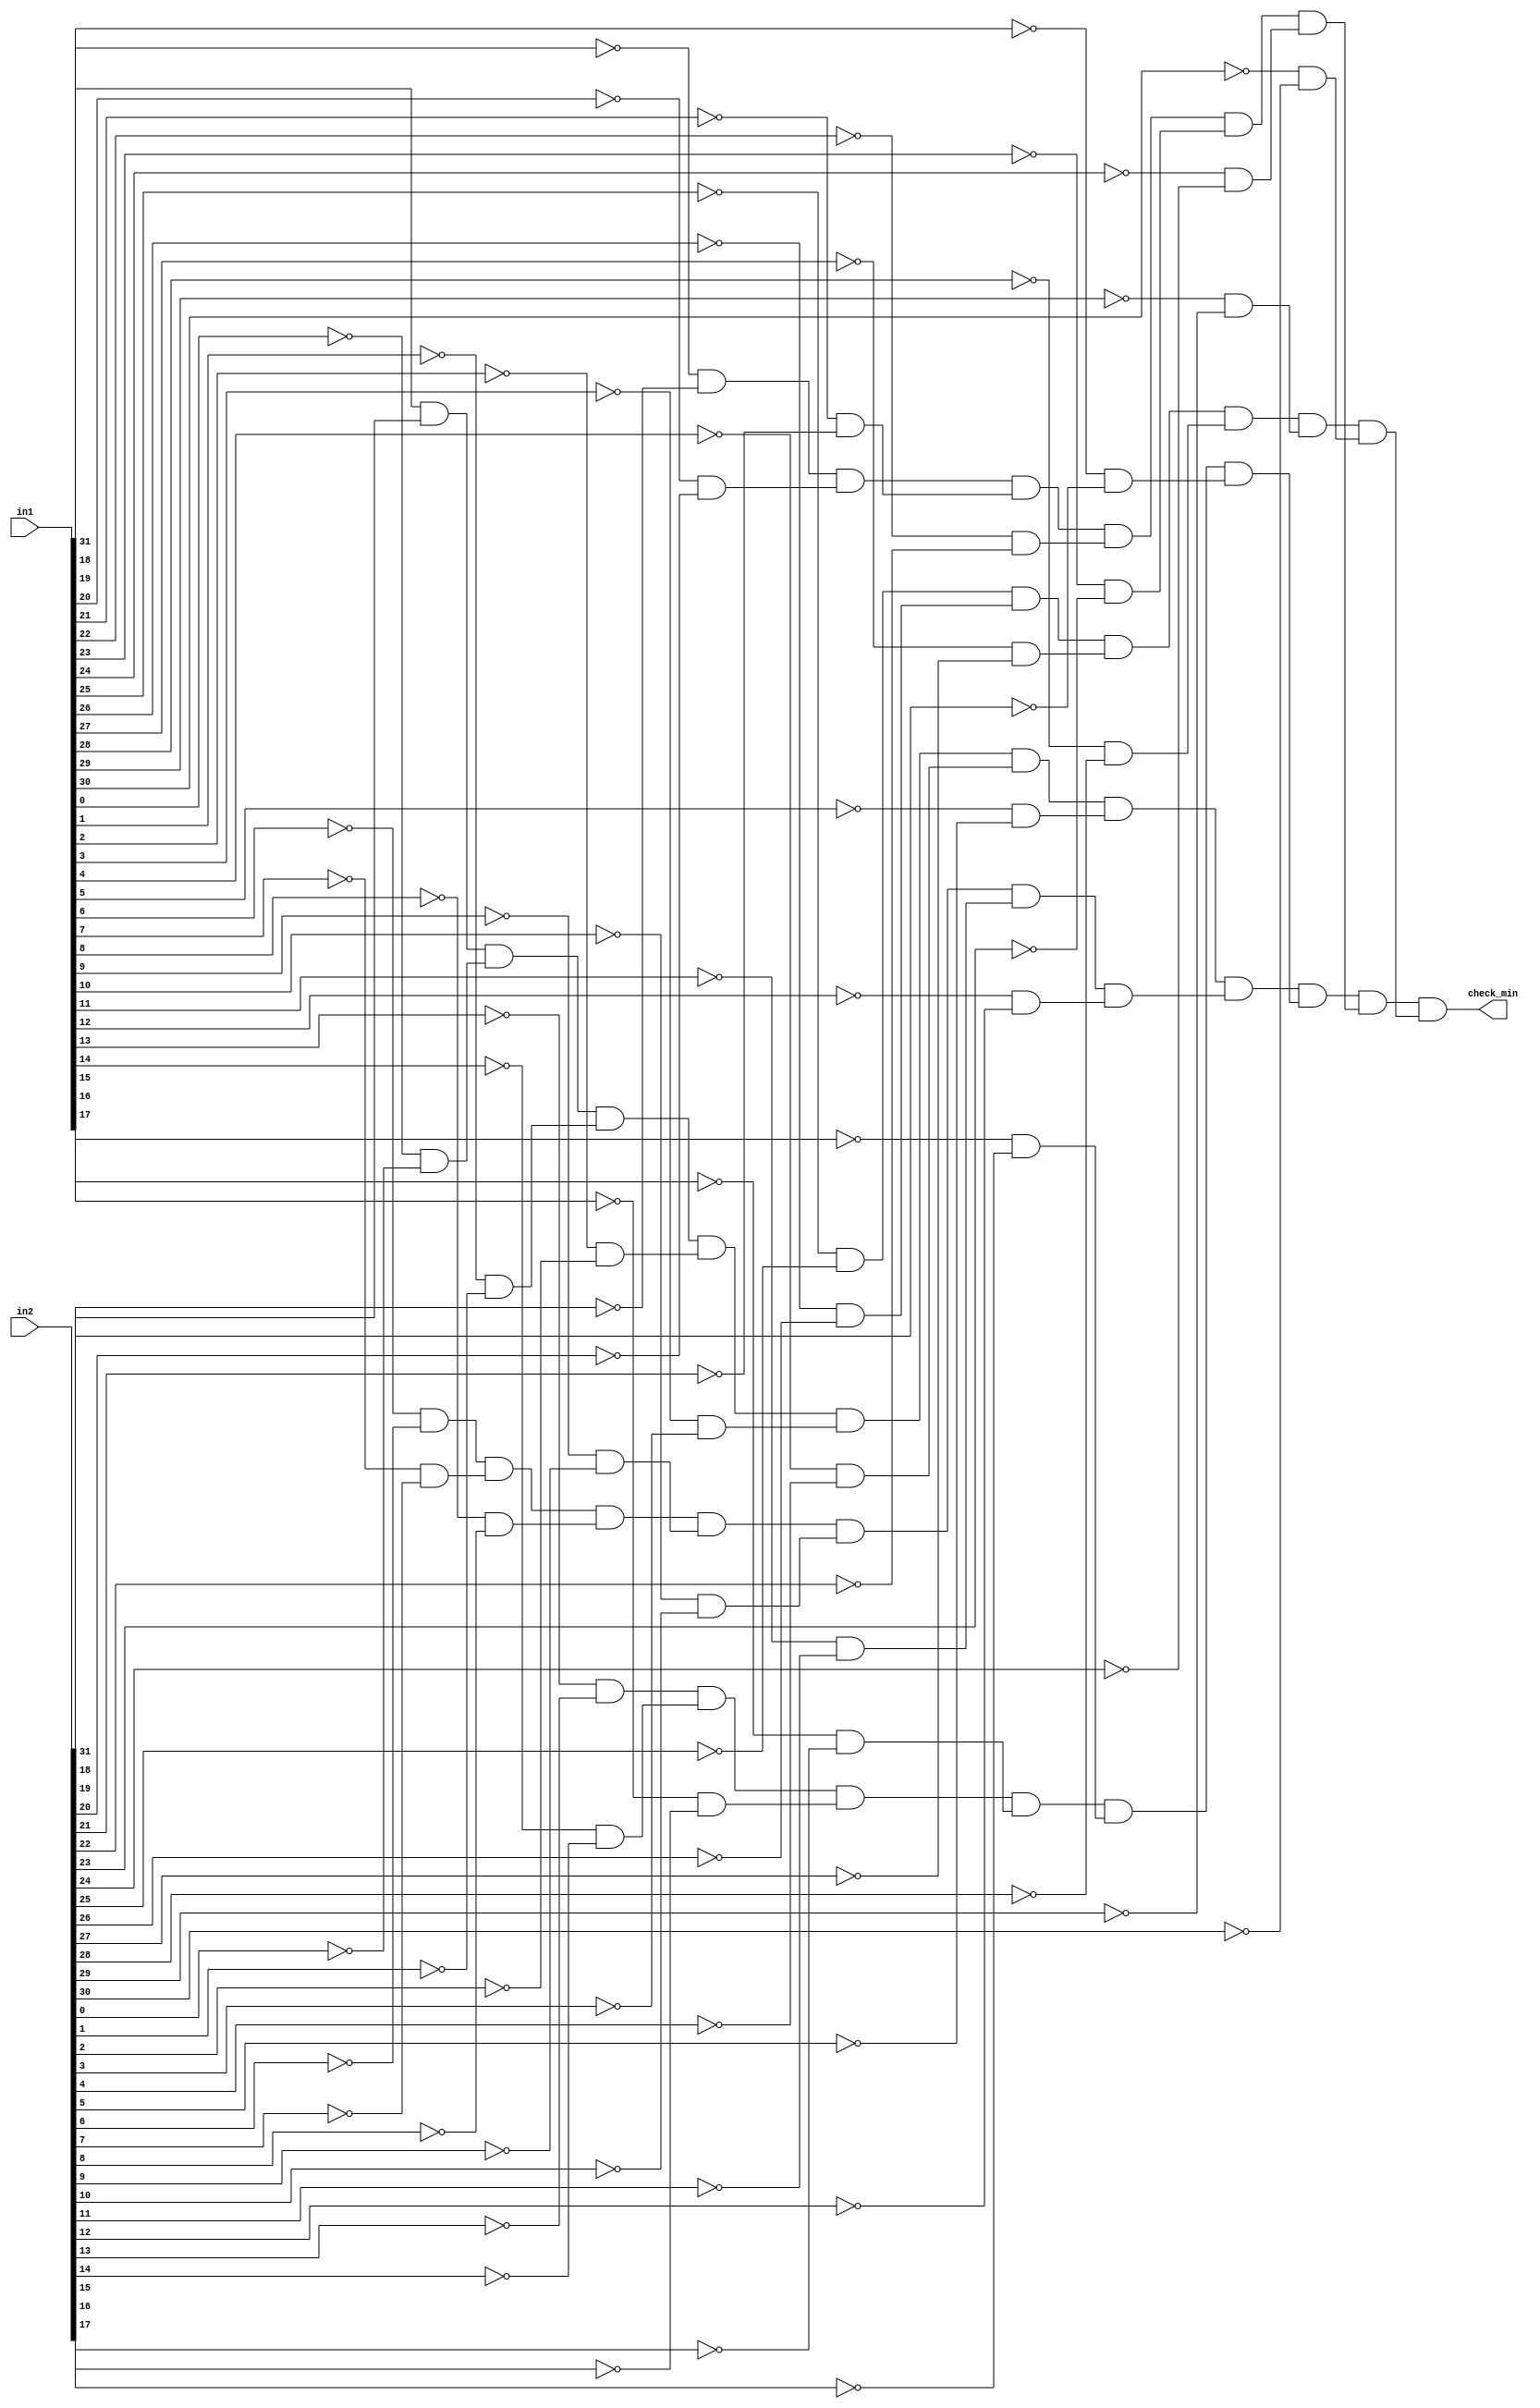
module check_min_bound(in1, in2, check_min);

	/* Checks if two 32-bit operands are both the smallest possible negative number
		to see if subtraction could result in erroneous overflow */
	input[31:0] in1, in2;
	output check_min; // 1 if both are smallest possible negative number
	
	wire MSB;
	
	/* Check MSBs are both 1 */
	
	and check_MSB(MSB, in1[31], in2[31]);
	
	/* Check all other bits are 0 */
	
	wire[30:0] zeros; // wire bus - each wire asserts 1 if both in1[i] and in2[i] are 0
	
	genvar i;
	
	generate
		for (i = 0; i < 31; i = i + 1) begin: loop1
			wire n1, n2;
			not not1(n1, in1[i]);
			not not2(n2, in2[i]);
			and andi(zeros[i], n1, n2);
		end
	endgenerate
	
	wire check1, check2, check3, check4, check5;
	and and1(check1, MSB, zeros[0], zeros[1], zeros[2], zeros[3], zeros[4], zeros[5]);
	and and2(check2, zeros[6], zeros[7], zeros[8], zeros[9], zeros[10], zeros[11], zeros[12]);
	and and3(check3, zeros[13], zeros[14], zeros[15], zeros[16], zeros[17], zeros[18]);
	and and4(check4, zeros[19], zeros[20], zeros[21], zeros[22], zeros[23], zeros[24]);
	and and5(check5, zeros[25], zeros[26], zeros[27], zeros[28], zeros[29], zeros[30]);
	
	and finalcombination(check_min, check1, check2, check3, check4, check5);
	

endmodule